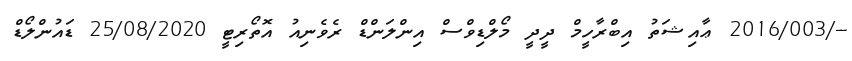
--/2016/003 ޢާއިޝަތު އިބްރާހީމް ދީދީ މޯލްޑިވްސް އިންލަންޑް ރެވެނިއު އޮތޯރިޓީ 25/08/2020 ޑައުންލޯޑް